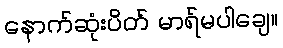
နောက်ဆုံးပိတ် မာရ်မပါချေ။